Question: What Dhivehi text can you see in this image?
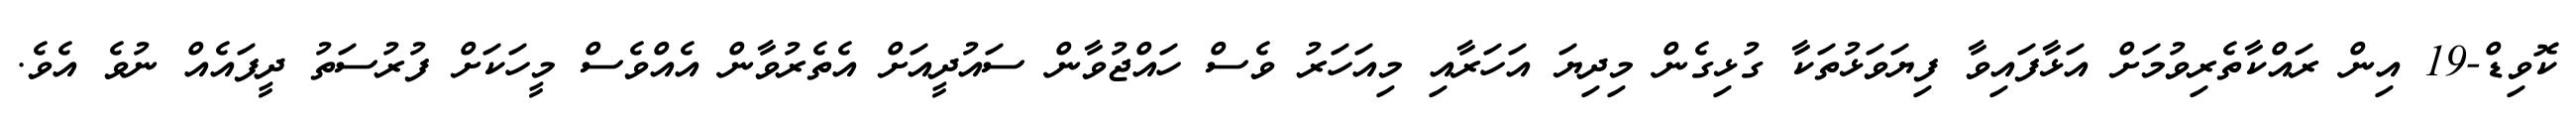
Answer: ކޮވިޑް-19 އިން ރައްކާތެރިވުމަށް އަޅާފައިވާ ފިޔަވަޅުތަކާ ގުޅިގެން މިދިޔަ އަހަރާއި މިއަހަރު ވެސް ހައްޖުވާން ސައުދީއަށް އެތެރުވާން އެއްވެސް މީހަކަށް ފުރުސަތު ދީފައެއް ނުވެ އެވެ.